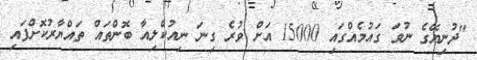
"ދުނިޔޭގެ ނުވަ ގައުމެއްގައި 15000 އަށް ވުރެ ގިނަ ނިއުކްލިއާ ބޮންތައް ތައްޔާރުކޮށްފައި